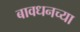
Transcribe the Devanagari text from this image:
बावधनच्या